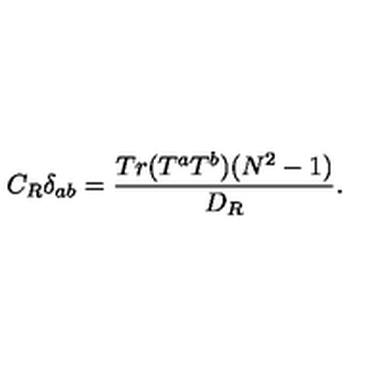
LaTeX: C _ { R } \delta _ { a b } = \frac { T r ( T ^ { a } T ^ { b } ) ( N ^ { 2 } - 1 ) } { D _ { R } } .